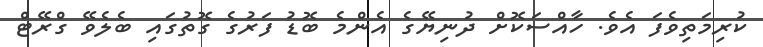
ކުރިމަތިވެފަ އެވެ. ހާއްސަކޮށް ދުނިޔޭގެ އެންމެ ބޮޑު ފަރުގެ ގޮތުގައި ބެލެވޭ ގްރޭޓް